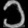
Digit: ၁